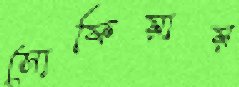
সোফিয়ায়